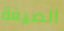
الصيغة